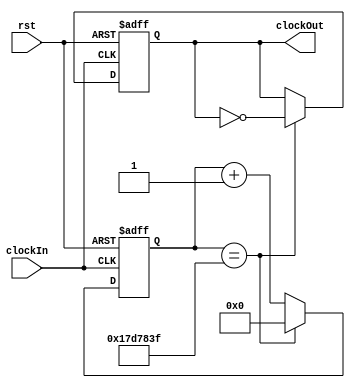
module FreqDivision
(
clockIn,
rst,
clockOut
);

parameter SCALE = 50000000;
parameter threshold = SCALE / 2;

reg [31:0] count;

input clockIn,rst;
output reg clockOut;

always @ (negedge clockIn or negedge rst)
begin
	if(rst == 0)
		begin 
		  count <= 0;
		  clockOut <= 0;
		end 
	else
		if(count == threshold - 1)
		  begin
			count <= 0;
			clockOut <= !clockOut;
			end
		else
			count <= count + 1;
end

endmodule